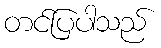
တင်ပြပါသည်